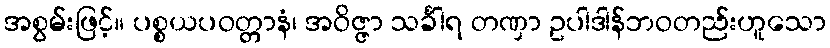
အစွမ်းဖြင့်။ ပစ္စယပဝတ္တာနံ၊ အဝိဇ္ဇာ သင်္ခါရ တဏှာ ဥပါဒါန်ဘဝတည်းဟူသော